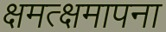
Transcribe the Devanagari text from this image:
क्षमत्क्षमापना